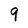
Character: 9